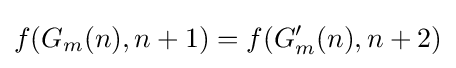
f(G_{m}(n),n+1)=f(G'_{m}(n),n+2)